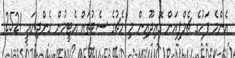
އެންމެ ފަހުގެ ޗެމްޕިއަން ގޮއިދޫއިން މި މެޗުގެ ސެޓުތައް އެޓީމުން ގެންދިޔައީ 2521